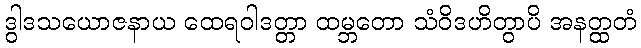
ဒွါဒသယောဇနာယ ထေရဝါဒတ္တာ ထမ္ဘတော သံဝိဒဟိတွာပိ အနတ္ထတံ